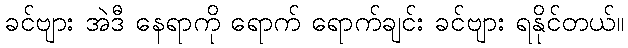
ခင်ဗျား အဲဒီ နေရာကို ရောက် ရောက်ချင်း ခင်ဗျား ရနိုင်တယ်။